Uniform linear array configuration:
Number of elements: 4
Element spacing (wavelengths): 0.75
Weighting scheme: hann
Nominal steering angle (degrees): -30
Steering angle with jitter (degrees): -31.396
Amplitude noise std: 0.05
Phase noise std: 0.05

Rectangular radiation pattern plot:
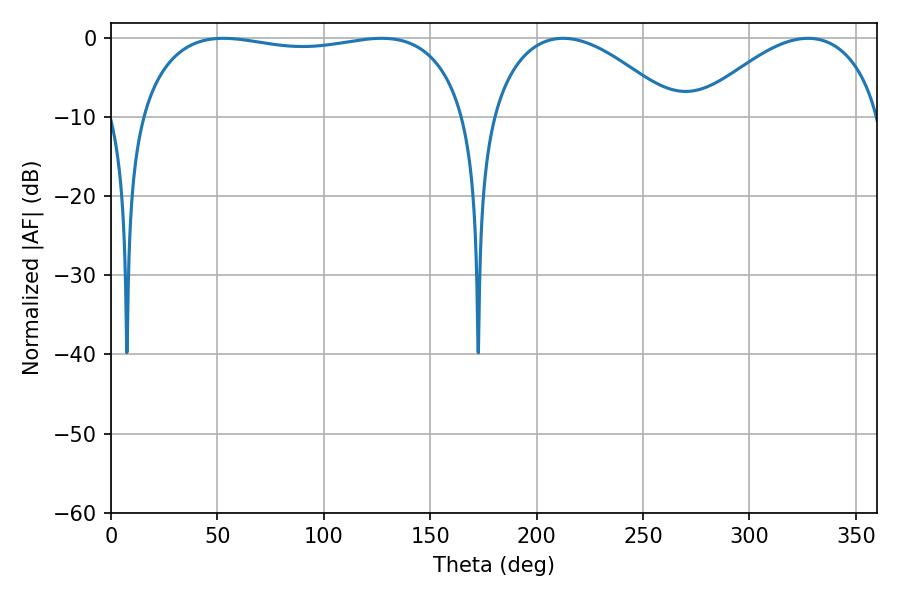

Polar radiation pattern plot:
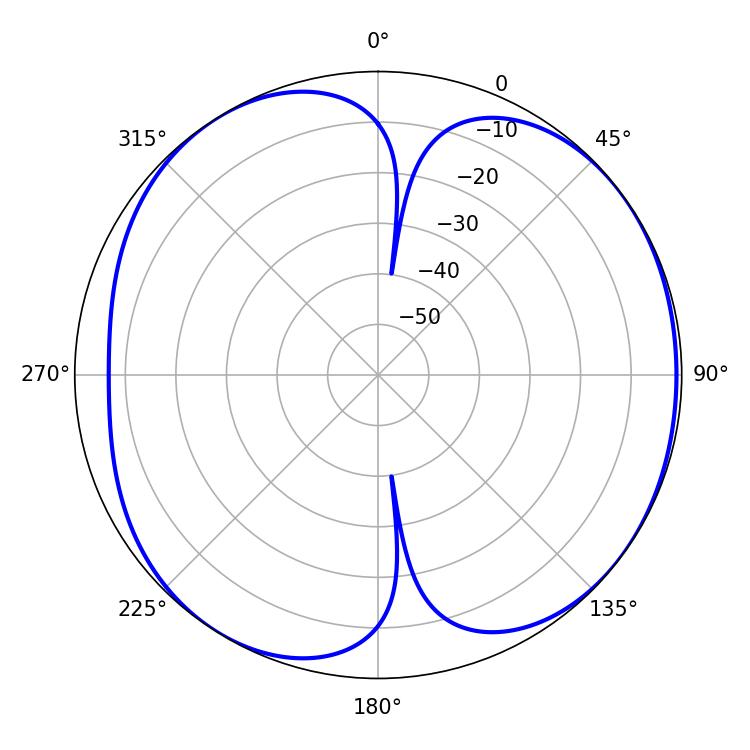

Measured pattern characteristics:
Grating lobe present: TRUE
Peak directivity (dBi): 5.948
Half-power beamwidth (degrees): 124.56
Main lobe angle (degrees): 52.74